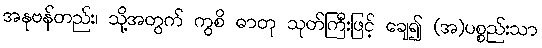
အနုဗန်တည်း၊ သို့အတွက် ကွစိ ဓာတု သုတ်ကြီးဖြင့် ချေ၍ (အ)ပစ္စည်းသာ